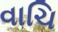
વાચિ